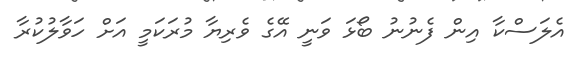
އެލަސްކާ އިން ފެނުނު ބޯޅަ ވަނީ އޭގެ ވެރިޔާ މުރަކަމީ އަށް ހަވާލުކުރާ